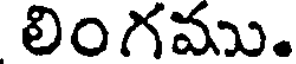
లింగము.